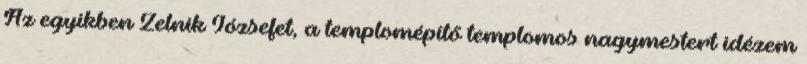
Az egyikben Zelnik Józsefet, a templomépítő templomos nagymestert idé­zem